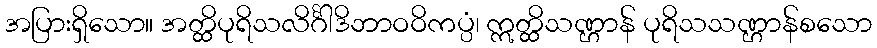
အပြားရှိသော။ အတ္ထိပုရိသလိင်္ဂါဒိဘာဝဝိကပ္ပံ၊ ဣတ္ထိသဏ္ဌာန် ပုရိသသဏ္ဌာန်စသော